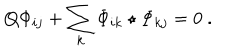
Q \Phi _ { i j } + \sum _ { k } \Phi _ { i k } \star \Phi _ { k j } = 0 \ .